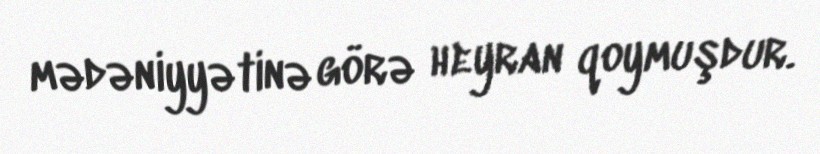
mədəniyyətinə görə heyran qoymuşdur.